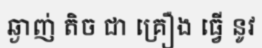
ឆ្ងាញ់ តិច ជា គ្រឿង ធ្វើ នូវ